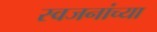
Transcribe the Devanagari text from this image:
स्वजनांच्या